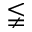
\lneqq